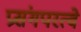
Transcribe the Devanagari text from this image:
प्रसंगपरत्वे